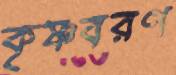
কৃষ্ণবরণ